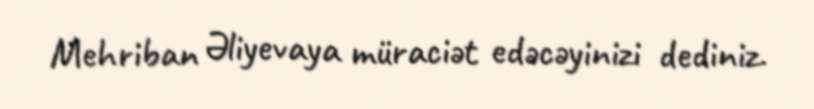
Mehriban Əliyevaya müraciət edəcəyinizi dediniz.